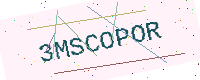
Text: 3MSCOPOR